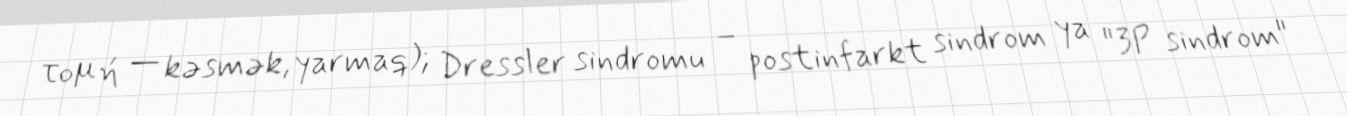
τομή — kəsmək, yarmaq); Dressler sindromu – postinfarkt sindrom ya "3P sindrom"